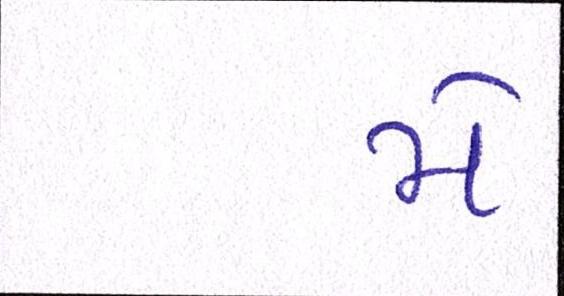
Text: મે